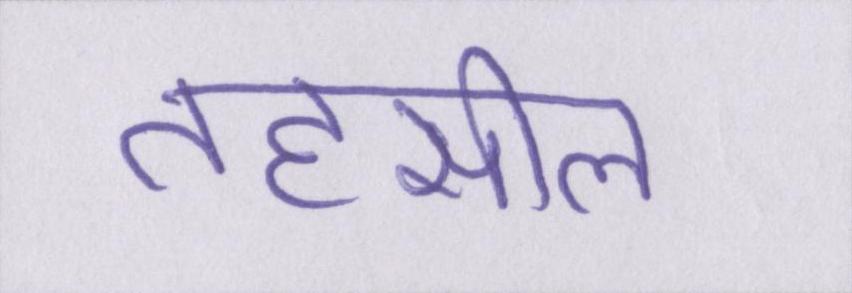
तहसील